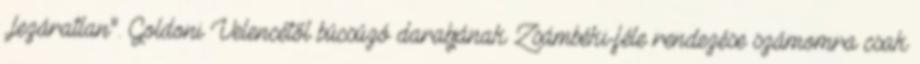
„lezáratlan”. Goldoni Velencétől búcsúzó darabjának Zsámbéki-féle rendezése számomra csak